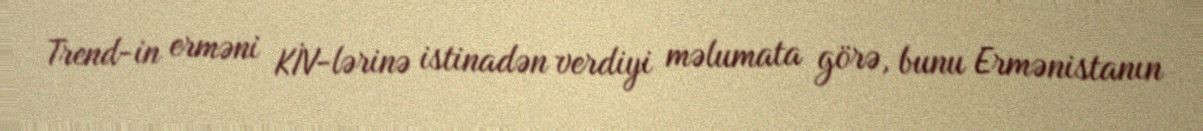
Trend-in erməni KİV-lərinə istinadən verdiyi məlumata görə, bunu Ermənistanın